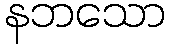
နဘသော